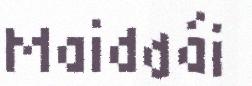
Maiddái